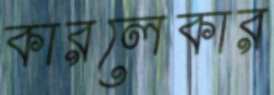
কারলেকার